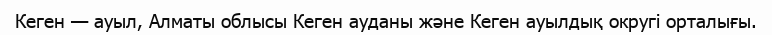
Кеген — ауыл, Алматы облысы Кеген ауданы және Кеген ауылдық округі орталығы.